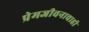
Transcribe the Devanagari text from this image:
प्रेमजीवनाचाही